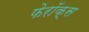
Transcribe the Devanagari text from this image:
फेरॉक्स